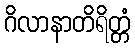
ဂိလာနာတိရိတ္တံ